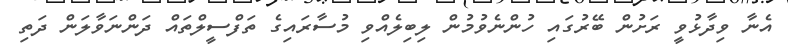
އެނާ ވިދާޅުވީ ރަށުން ބޭރުގައި ހުންނެވުމުން ލިބިލެއްވި މުސާރައިގެ ތަފްސީލްތައް ދަންނަވާލަން ދަތި